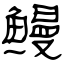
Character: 鳗